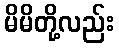
မိမိတို့လည်း